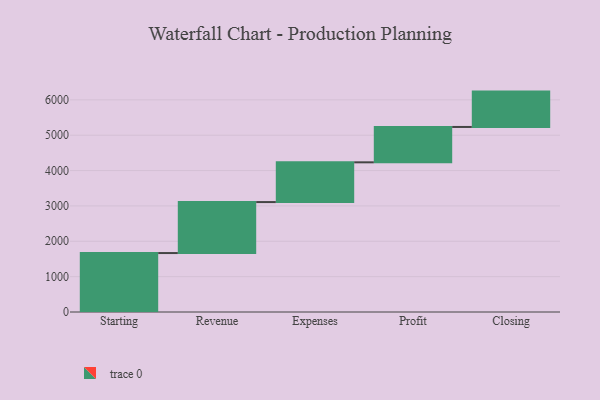
{"axis": {"x": "Step", "y": "Value"}, "legend": [""], "data": [{"x": "Starting", "y": 1667.0, "type": ""}, {"x": "Revenue", "y": 1442.0, "type": ""}, {"x": "Expenses", "y": 1124.0, "type": ""}, {"x": "Profit", "y": 1000, "type": ""}, {"x": "Closing", "y": 1000, "type": ""}]}